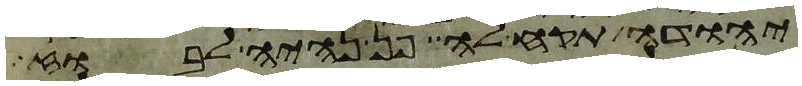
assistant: יהודה תקח לה פן נהיה לבוז